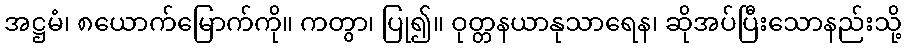
အဋ္ဌမံ၊ ၈ယောက်မြောက်ကို။ ကတွာ၊ ပြု၍။ ဝုတ္တနယာနုသာရေန၊ ဆိုအပ်ပြီးသောနည်းသို့